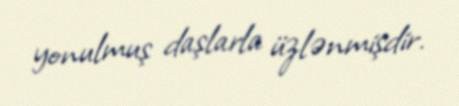
yonulmuş daşlarla üzlənmişdir.